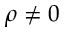
\rho \neq 0